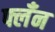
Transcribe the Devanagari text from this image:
फ्लँन